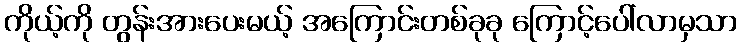
ကိုယ့်ကို တွန်းအားပေးမယ့် အကြောင်းတစ်ခုခု ကြောင့်ပေါ်လာမှသာ